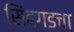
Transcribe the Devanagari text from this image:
सिंहगडचा